Annual returns of the Patna Lunatic Asylum at Bankipore in Bihar and Orissa - 1912-1924
Year: 1912
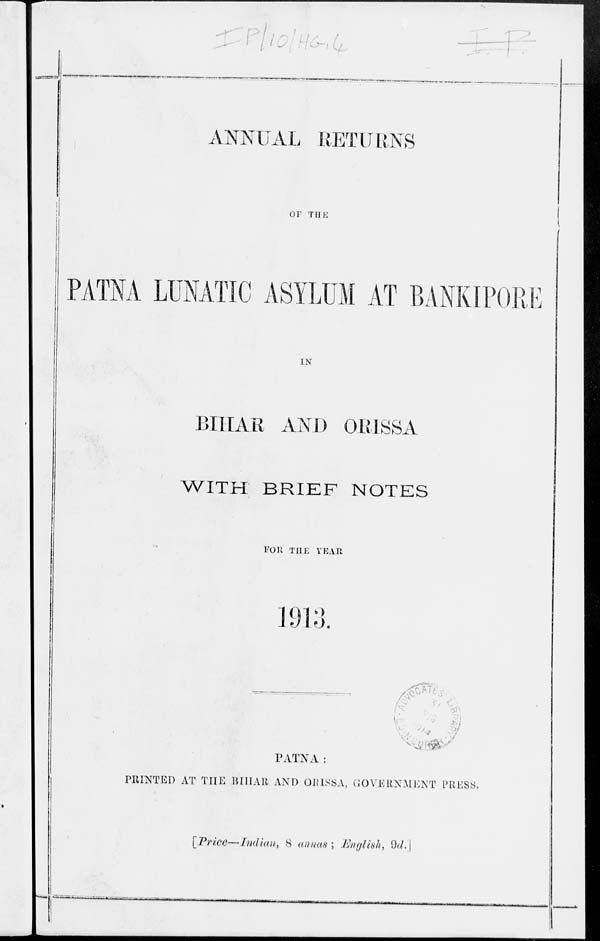
ANNUAL RETURNS
OF THE
PATNA LUNATIC ASYLUM AT BANKIPORE
IN
BIHAR AND ORISSA
WITH BRIEF NOTES
FOR THE YEAR
1913.
PATNA:
PRINTED AT THE BIHAR AND ORISSA. GOVERNMENT PRESS.
[Price—Indian, 8 annas; English, 9d.]